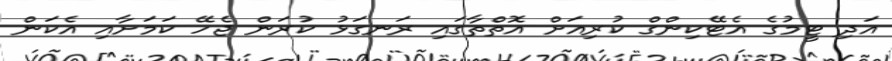
އަދި ޓީމުގެ އެޓޭކިންގް ކުރިއަށް އޮތްތާގައި ރަނގަޅު ކުރަން ޖެހޭ ކަމަށާއި އެކަން